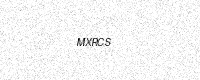
Text: MXRCS